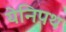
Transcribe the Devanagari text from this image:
येनिपथ